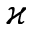
\varkappa